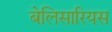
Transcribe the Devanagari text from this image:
बेलिसारियस